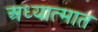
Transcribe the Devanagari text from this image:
अध्यात्मात